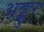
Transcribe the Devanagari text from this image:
अङ्कुर